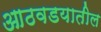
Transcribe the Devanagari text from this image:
आठवडयातील